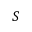
S